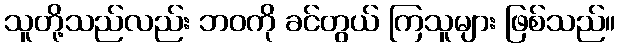
သူတို့သည်လည်း ဘဝကို ခင်တွယ် ကြသူများ ဖြစ်သည်။